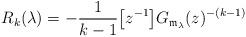
LaTeX: \begin{align*} R_k(\lambda)= -\frac{1}{k-1} \big[z^{-1}\big] G_{\mathfrak{m}_\lambda}(z)^{-(k-1)}\end{align*}